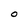
Character: 0